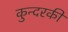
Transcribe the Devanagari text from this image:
कुन्‍दरकी